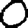
Digit: 0